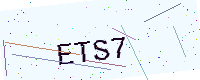
Text: ETS7